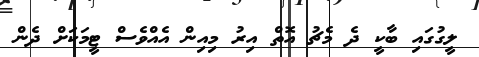
ލީގުގައި ބާކީ ދެ މެޗު އޮތް އިރު މިއިން އެއްވެސް ޓީމަކަށް ދެން